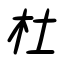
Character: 杜